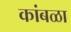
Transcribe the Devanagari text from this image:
कांबळा